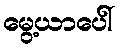
မွေ့ယာပေါ်